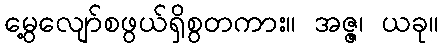
မွေ့လျော်စဖွယ်ရှိစွတကား။ အဇ္ဇ၊ ယခု။